Vaccine operations Central Provinces 1886-1899 - 1886-1899
Year: 1886
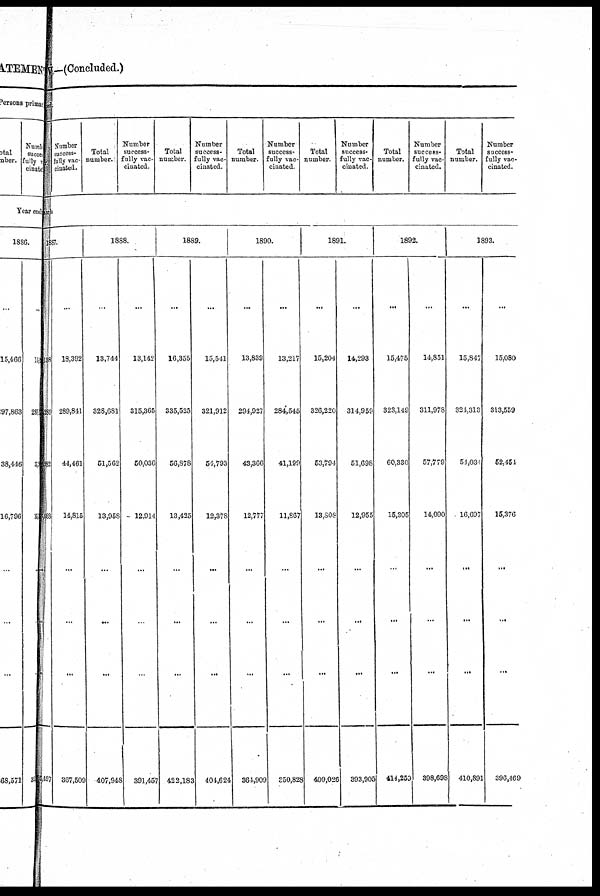
I—(Concluded.)
d
Number
succes¬
fully vac-
cinated.
Total
number.
Number
success-
fully vac-
cinated.
Total
number.
Number
success-
fully vac-
cinated.
Total
number.
Number
success-
fully vac-
cinated.
Total
number.
Number
success-
fully vac-
cinated.
Total
number.
Number
success-
fully vac-
cinated.
Total
number.
Number
success-
fully vac-
cinated.
h
887.
9
2
8
7
...
18,392
289,841
44,461
14,815
...
...
...
367,509
1888.
...
13,744
328,681
51,562
13,958
...
...
...
407,948
...
13,142
315,365
50,036
12,914
...
...
...
391,457
1889.
...
16,355
335,525
56,878
13,425
...
...
...
422,183
...
15,541
321,912
54,793
12,378
...
...
...
404,624
1890.
...
13,839
294,927
43,366
12,777
...
...
...
364,909
...
13,217
284,545
41,199
11,867
...
...
...
350,828
1891.
...
15,204
326,220
53,794
13,508
...
...
...
409,026
...
14,293
314,959
51,698
12,955
...
...
...
393,905
1892.
...
15,475
323,149
60,330
15,305
...
...
...
414,250
...
14,851
311,978
57,779
14,090
...
...
...
398,698
1893.
...
15,847
324,313
51,034
16,697
...
...
...
410,891
...
15,080
313,559
52,454
15,376
...
...
...
396,469